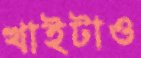
খাইটাও